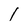
Character: 1